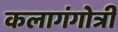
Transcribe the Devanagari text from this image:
कलागंगोत्री